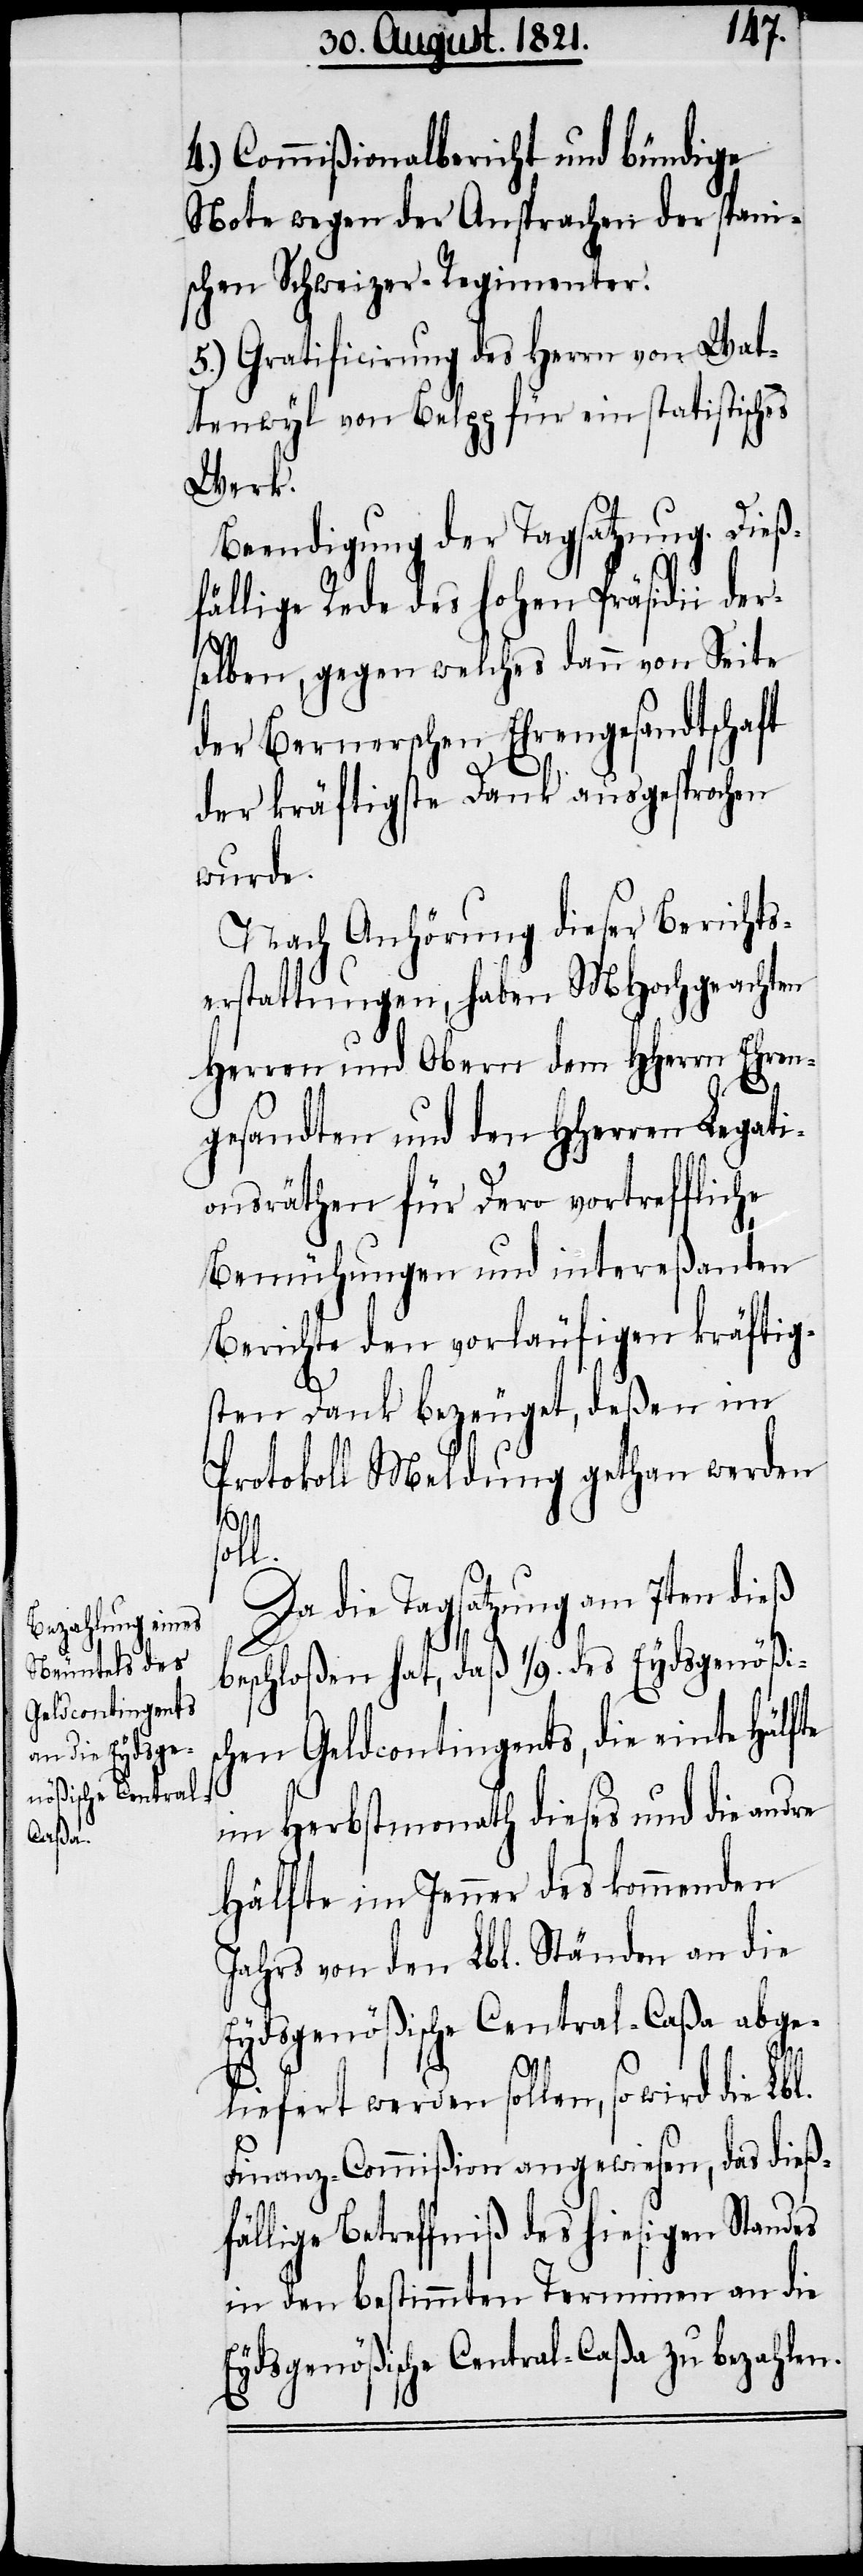
4.) Commißionalbericht und bündige
Note wegen der Ansprachen der spani¬
schen Schweizer-Regimenter.
5.) Gratification des Herrn von Wat¬
tenwyl von Belpp für ein statistisches
Werk.
Beendigung der Tagsatzung. Dieß¬
fällige Rede des hohen Präsidii der¬
selben, gegen welches dann von Seite
der Bernerschen Ehrengesandtschaft
der kräftigste Dank ausgesprochen
wurde.
Nach Anhörung dieser Berichts¬
erstattungen, haben MHochgeachten
Herren und Obern dem HHerrn Ehren¬
gesandten und den HHerren Legati¬
onsräthen für Dero vortreffliche
Bemühungen und intereßanten
Berichte den vorläufigen kräftig¬
sten Dank bezeuget, deßen im
Protokoll Meldung gethan werden
l.
Da die Tagsatzung am 7ten dieß
beschloßen hat, daß 1/9. des Eydsgenößis¬
chen Geldcontingents, die einte Hälfte
im Herbstmonath dieses und die andre
Hälfte im Jenner des kommenden
Jahres von den Lbl. Ständen an die
Eydsgenößische Central-Caßa abge¬
liefert werden sollen, so wird die Lbl.
Finanz-Commißion angewiesen, das dieß¬
fällige Betreffniß des hiesigen Standes
in den bestimmten Terminen an die
Eydsgenößische Central-Caßa zu bezahlen.